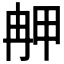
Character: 𤱣